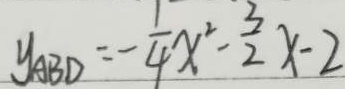
y _ { A B D } = - \frac { 1 } { 4 } x ^ { 2 } - \frac { 3 } { 2 } x - 2